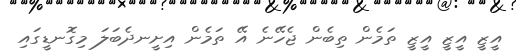
އީޒީ އީޒީ އީޒީ ތަމެން ތިބެން ޖެހޭނެ އޭ ތަމެން އިށީނދެބަލަ މިގޮނޑީގައި